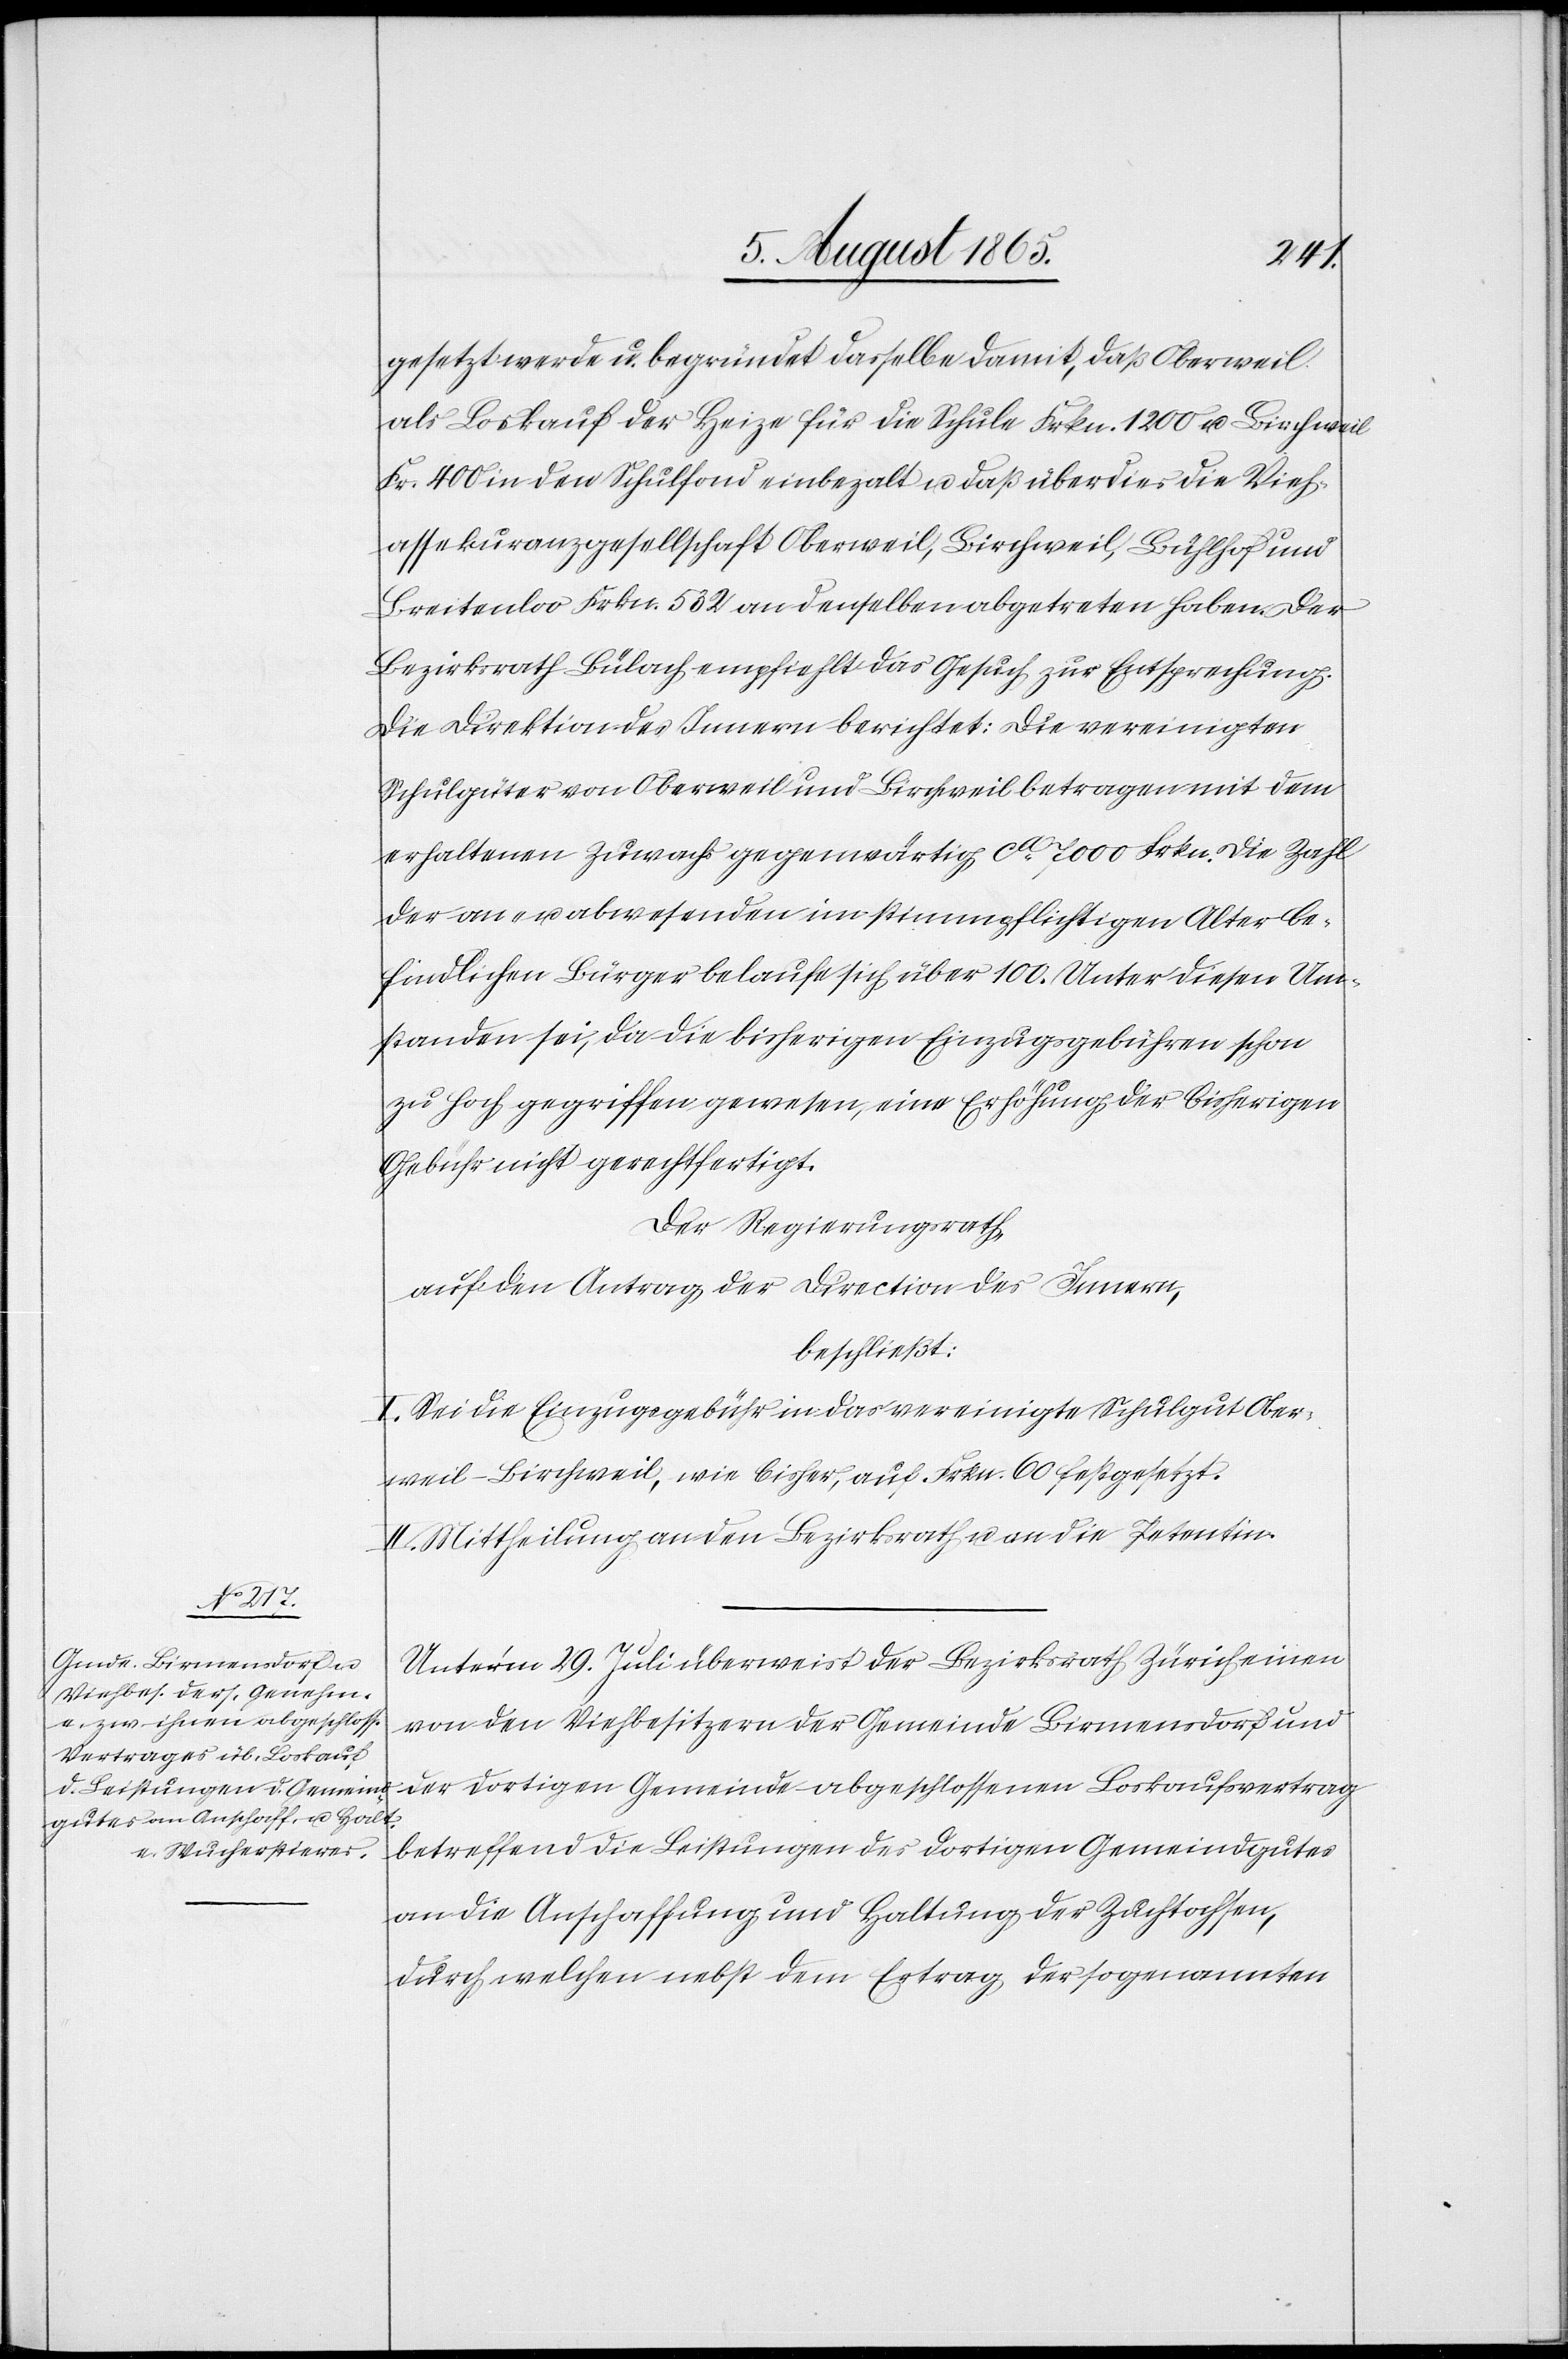
gesetzt werde u. begründet dasselbe damit, daß Oberweil
als Loskauf der Heize für die Schule Frkn. 1200 u. Birchweil
Fr. 400 in den Schulfond einbezalt u. daß überdies die Vieh¬
assekuranzgesellschaft Oberweil, Birchweil, Bühlhof und
Breitenloo Frkn. 532 an denselben abgetreten haben. Der
Bezirksrath Bülach empfiehlt das Gesuch zur Entsprechung.
Die Direktion des Innern berichtet: Die vereinigten
Schulgüter von Oberweil und Birchweil betragen mit dem
erhaltenen Zuwachs gegenwärtig ca 7000 Frkn. Die Zahl
der an- u. abwesenden im stimmpflichtigen Alter be¬
findlichen Bürger belaufe sich über 100. Unter diesen Um¬
standen sei, da die bisherigen Einzugsgebühren schon
zu hoch gegriffen gewesen, eine Erhöhung der bisherigen
Gebühr nicht gerechtfertigt.
Der Regierungsrath,
auf den Antrag der Direction des Innern,
beschließt:
I. Sei die Einzugsgebühr in das vereinigte Schulgut Ober¬
weil-Birchweil, wie bisher, auf Frkn. 60 festgesetzt.
II. Mittheilung an den Bezirksrath u. an die Petentin.
Unter’m 29. Juli überweist der Bezirksrath Zürich einen
von den Viehbesitzern der Gemeinde Birmensdorf und
der dortigen Gemeinde abgeschlossenen Loskaufsvertrag
betreffend die Leistungen des dortigen Gemeindgutes
an die Anschaffung und Haltung der Zuchtochsen,
durch welchen nebst dem Ertrag der sogenannten